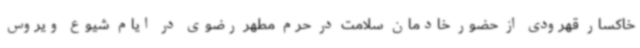
خاکسار قهرودی از حضور خادمان سلامت در حرم مطهر رضوی در ایام شیوع ویروس